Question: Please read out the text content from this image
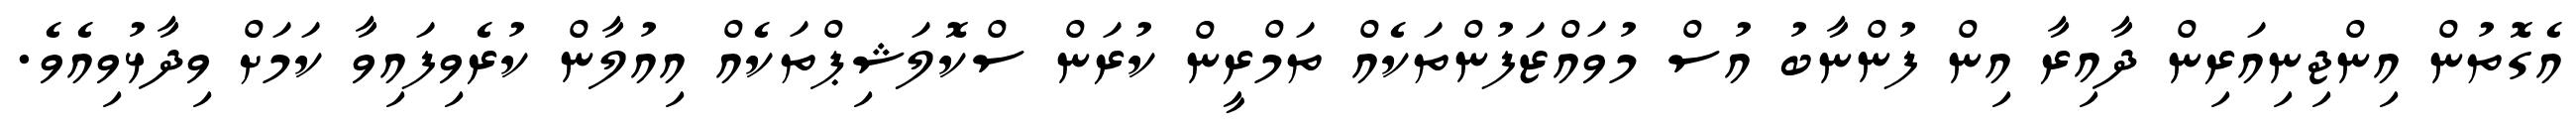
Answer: އެގޮތުން އިންޖިނިއަރިން ދާއިރާ އިން ފުންނާބު އުސް މުވައްޒަފުންތަކެއް ތަމްރީން ކުރަން ސްކޮލަޝިޕްތަކެއް އިއުލާން ކުރެވިފައިވާ ކަމަށް ވިދާޅުވިއެވެ.